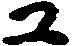
ユ